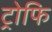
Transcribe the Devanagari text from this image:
ट्रोफि